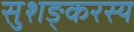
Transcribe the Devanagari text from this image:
सुशङ्करस्य